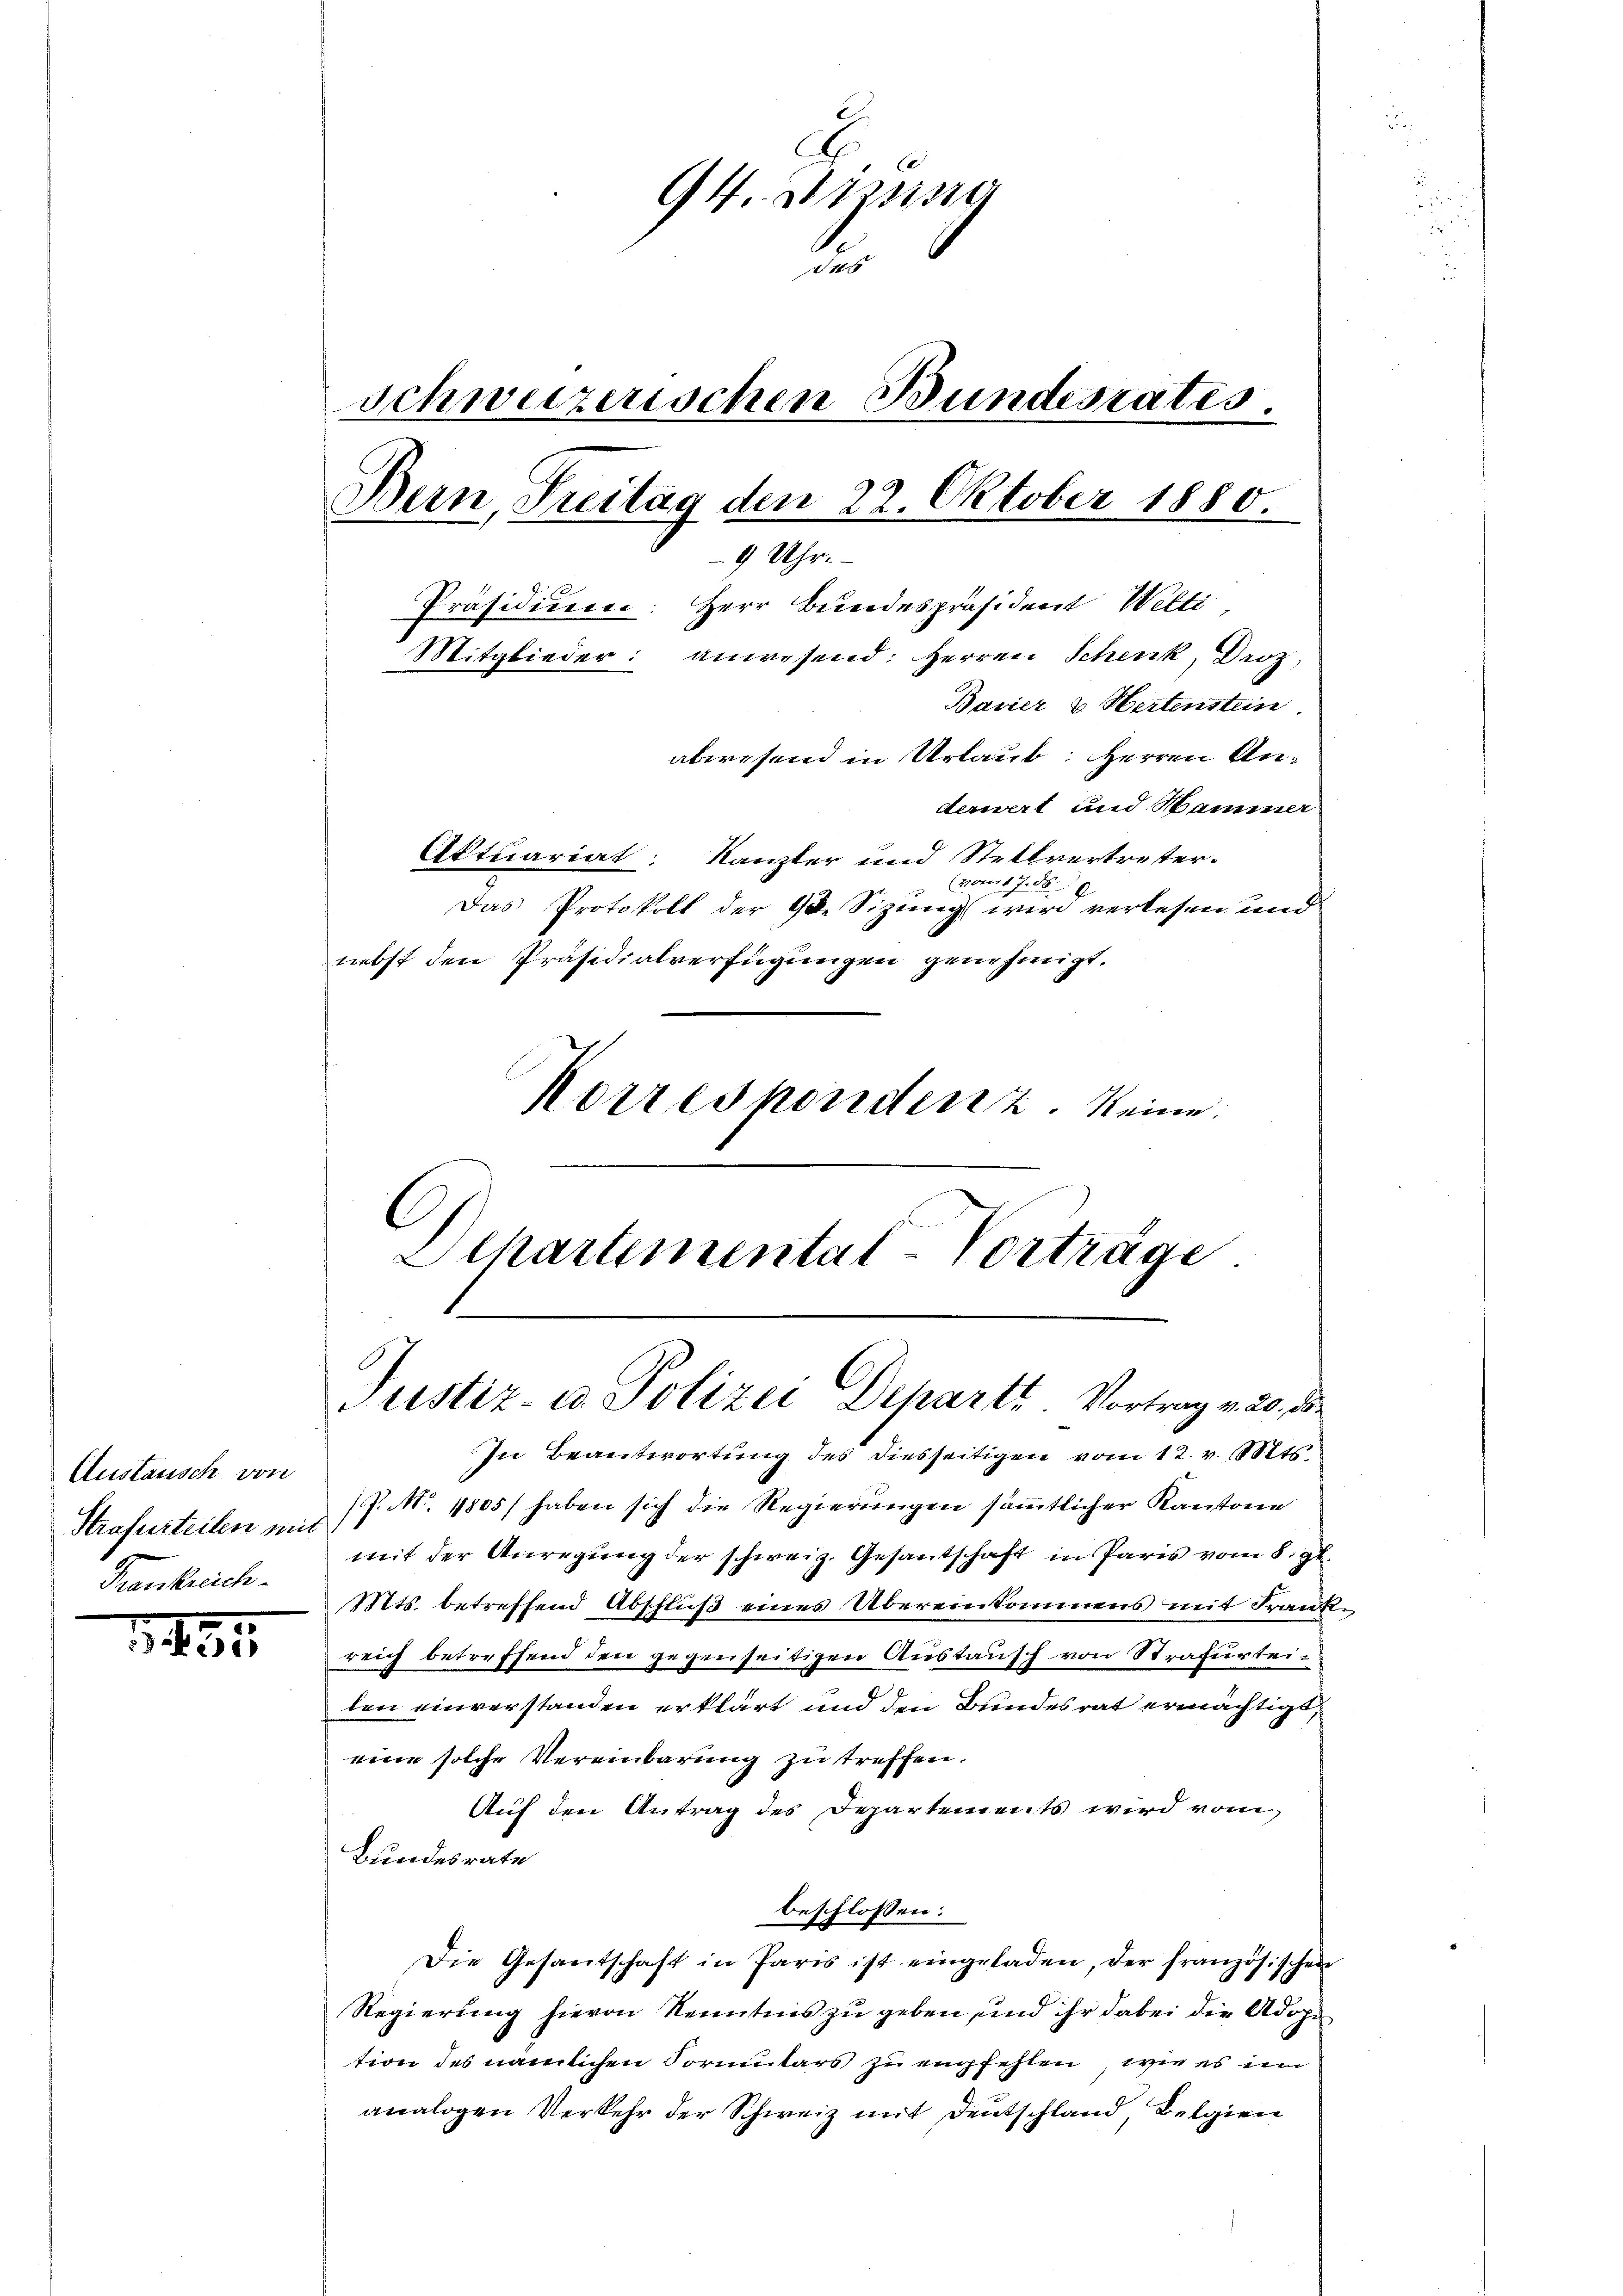
Austausch von
Strafurteilen mit
Frankreich.

145

.
94. Assis
u
schweizerischen Bundesrates

Bern, Freitag den 22. Oktober 1880.
9 Uhr.
Präsidium: Herr Bundespräsident Welti
Mitglieder: anwesend: Herren Schenk, Droz,
Bavier & Hertenstein
abwesend in Urlaub: Herren Anderwert und Hammer
Aktuariat: Kanzler und Stellvertreter.
(vom 17. d. 9
Das Protokoll der 90 Sizung wird verlesen und
nebst den Präsidialverfügungen genehmigt.
Korrespondenz keine

C
Dchartemental-Vorträge
Justiz- u. Polizei Departe Vortrag v. 20. de

In Beantwortung des diesseitigen vom 12. v. Mts.
(P. Nr. 1805/ haben sich die Regierungen sämmtlicher Kantone
mit der Anregung der schweiz. Gesantschaft in Paris vom 8. gl.
Mts. betreffend Abschlŭβ eines Übereinkommens mit Franke
reich betreffend den gegenseitigen Austausch von Strafurtei-
len einverstanden erklärt und den Bundesrat ermächtigt,
eine solche Vereinbarung zu treffen.
Auf den Antrag des Departements wird vom
Bundesrate
beschlossen:
Die Gesantschaft in Paris ist eingeladen, der französischen
Regierung hievon Kenntnis zu geben, und ihr dabei die Adop
tion des nämlichen Formulars zu empfehlen, wie es im
analogen Verkehr der Schweiz mit Deutschland, Belgien